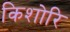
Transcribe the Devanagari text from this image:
किशोरि